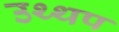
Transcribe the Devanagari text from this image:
उथ्थप